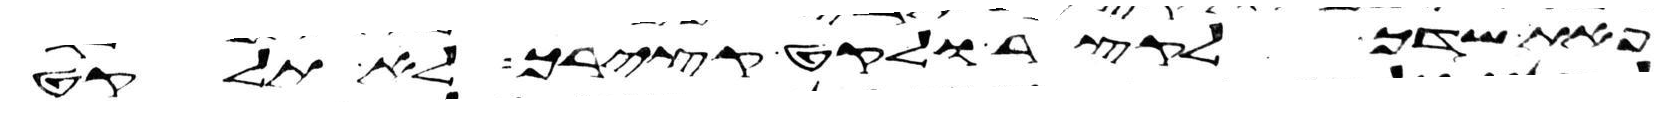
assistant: פאת שדך לקצר ולקט קצירך לא תלקט